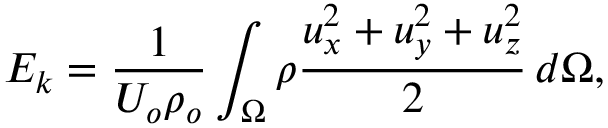
E _ { k } = \frac { 1 } { U _ { o } \rho _ { o } } \int _ { \Omega } \rho \frac { u _ { x } ^ { 2 } + u _ { y } ^ { 2 } + u _ { z } ^ { 2 } } { 2 } \, d \Omega ,